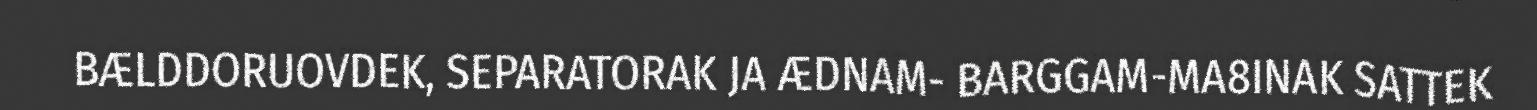
BÆLDDORUOVDEK, SEPARATORAK JA ÆDNAM- BARGGAM-MA8INAK SATTEK